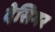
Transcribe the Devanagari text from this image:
देसिगर